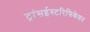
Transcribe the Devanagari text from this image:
ट्रांसईस्टरिफिकेशन